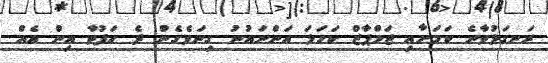
ރަނގަޅުވާނެ ކަމަށާއި ޖަމްޕާޒް ކަހަލަ އަންނައުނު ގިނަވެގެން ދެ ހަފުތާ އިން އެއް